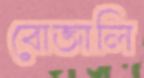
বোজালি